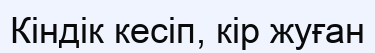
Кіндік кесіп, кір жуған